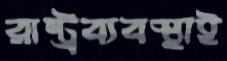
রাষ্ট্রব্যবস্থাই